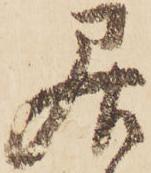
居